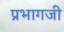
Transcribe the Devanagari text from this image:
प्रभागजी